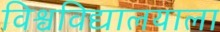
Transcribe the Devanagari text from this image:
विश्वविद्यालयाला